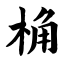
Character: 桷